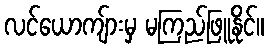
လင်ယောကျ်ားမှ မကြည်ဖြူနိုင်။